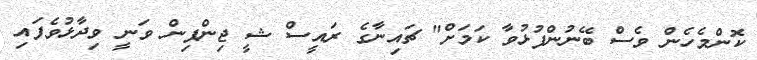
ކޮންމެހެން ވެސް ބޭނުންފުޅުވާ ކަމަށް" ޗައިނާގެ ރައީސް ޝީ ޖިންޕިން ވަނީ ވިދާޅުވެފައި